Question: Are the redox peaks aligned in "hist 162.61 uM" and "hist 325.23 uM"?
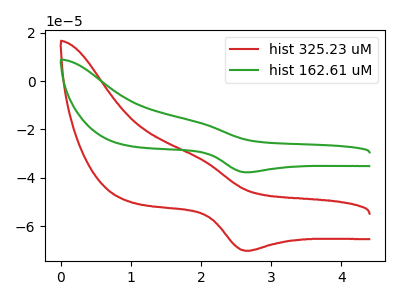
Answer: <think>The red curve "hist 325.23 uM" has an anodic peak at (1.95V, -31.60uA) and a cathodic peak at (2.65V, -70.25uA). The green curve "hist 162.61 uM" has an anodic peak at (1.95V, -17.00uA) and a cathodic peak at (2.65V, -37.75uA).</think>
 <answer>Yes, "hist 162.61 uM" have a peak in "hist 325.23 uM" at the same potential.</answer>
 <eval>match</eval>